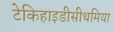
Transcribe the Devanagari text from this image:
टेकिहाइडीसीथमिया